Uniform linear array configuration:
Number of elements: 4
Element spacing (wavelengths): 0.75
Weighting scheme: cosine
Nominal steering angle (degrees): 30
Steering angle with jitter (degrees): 31.929
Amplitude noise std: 0.05
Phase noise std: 0.05

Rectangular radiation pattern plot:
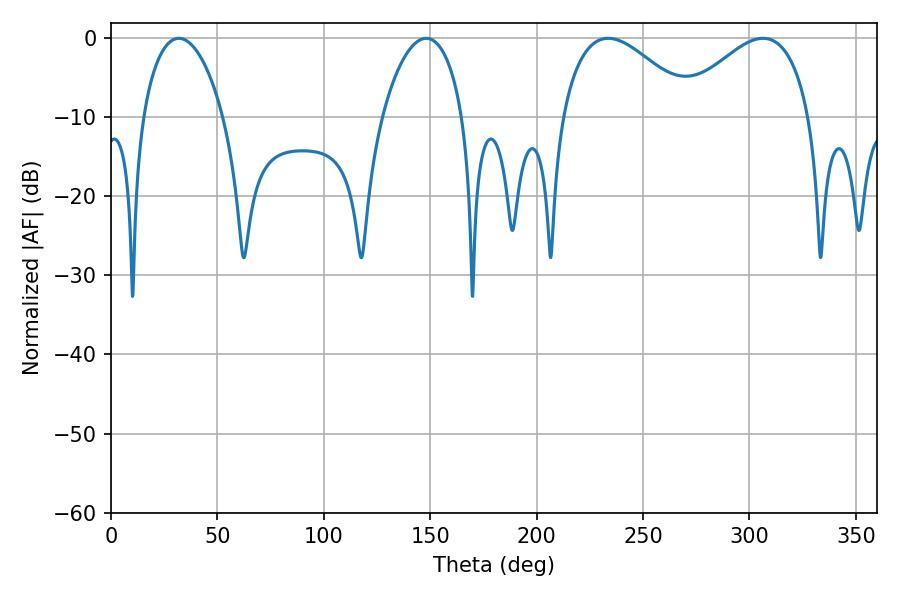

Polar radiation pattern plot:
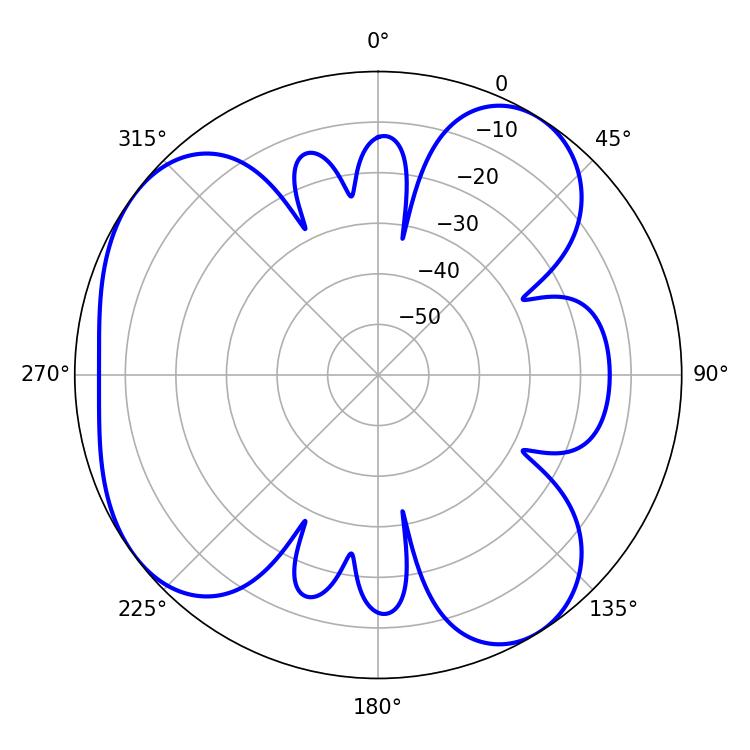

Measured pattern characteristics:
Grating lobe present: TRUE
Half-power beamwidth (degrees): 34.02
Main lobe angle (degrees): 233.64